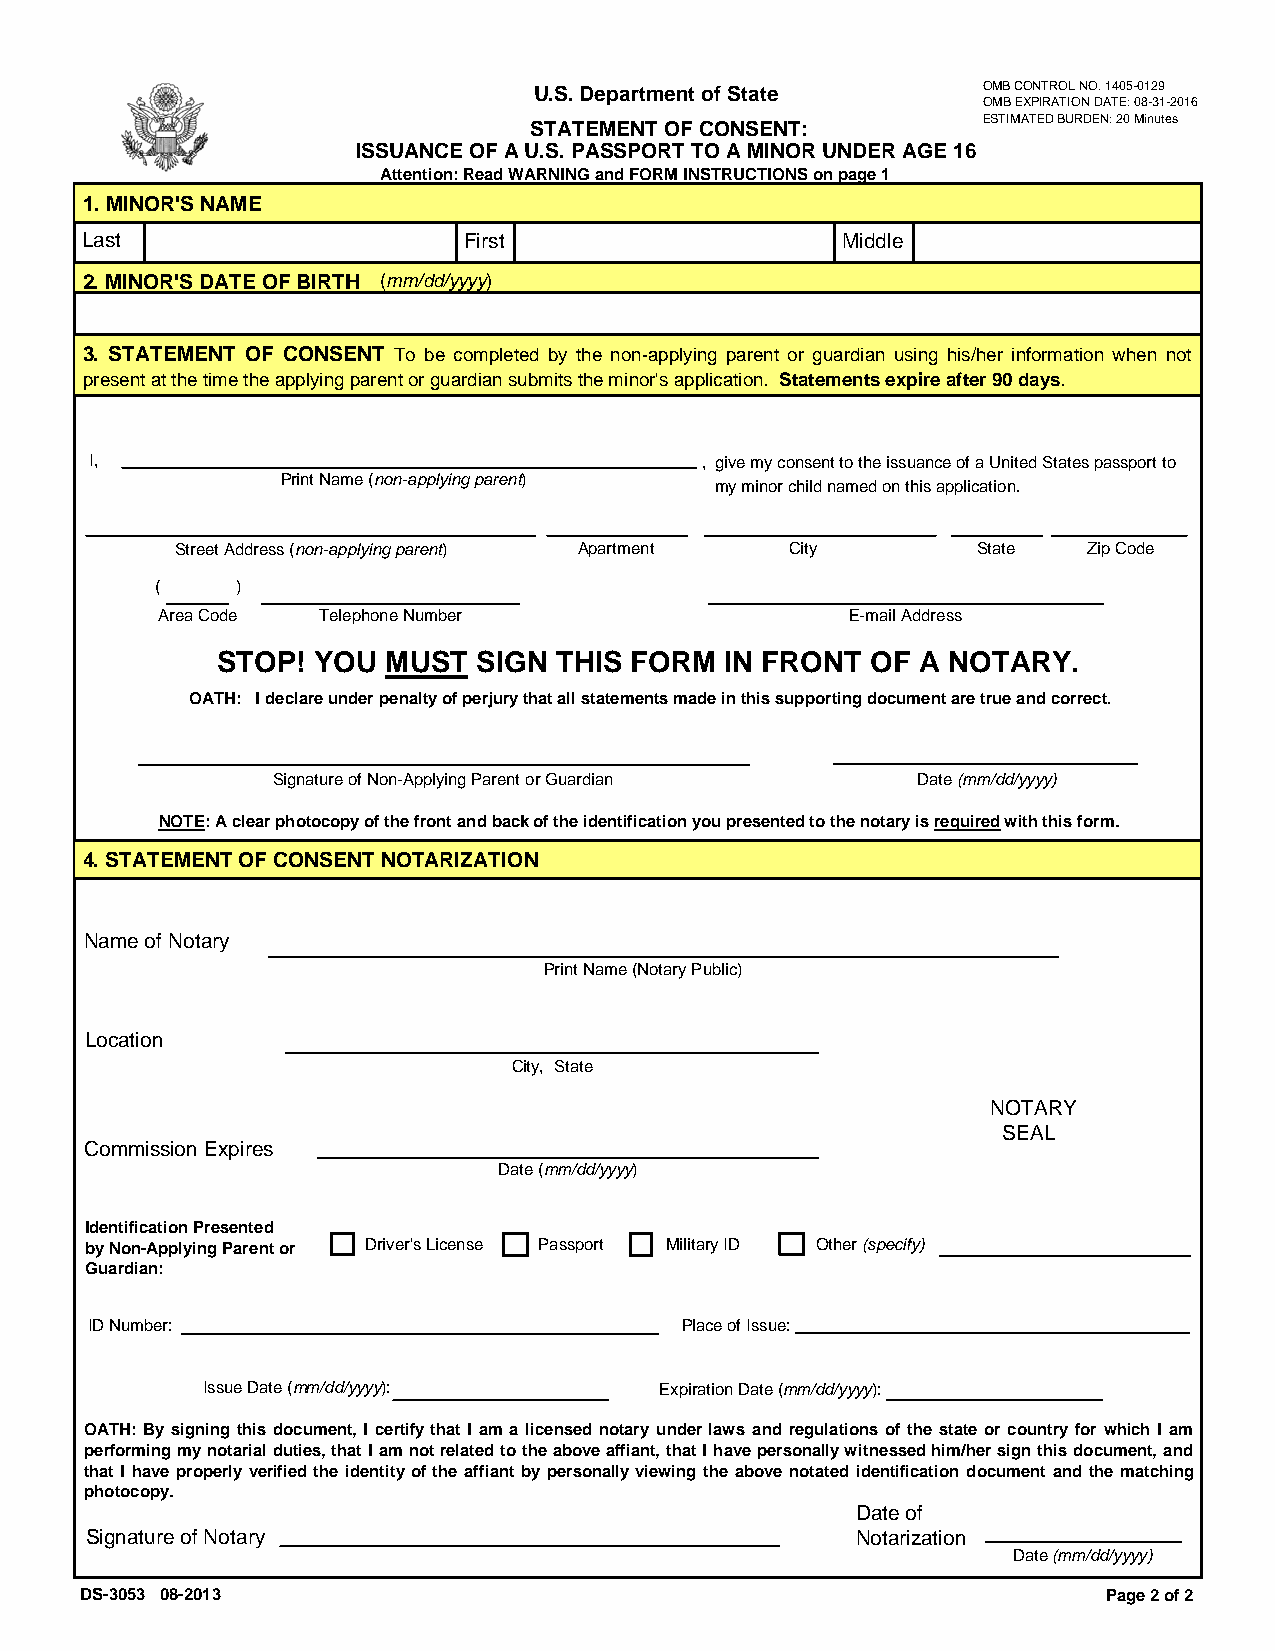
U.S. Department of State      OMB CONTROL NO. 1405-0129
 OMB EXPIRATION DATE: 08-31-2016
 ESTIMATED BURDEN: 20 Minutes
 STATEMENT OF CONSENT:
 ISSUANCE OF A U.S. PASSPORT TO A MINOR UNDER AGE 16
 Attention: Read WARNING and FORM INSTRUCTIONS on page 1
 1. MINOR'S NAME
 Last                      First                    Middle
 2. MINOR'S DATE OF BIRTH ( mm/dd/yyyy)
 3. STATEMENT OF CONSENT To be completed by the non-applying parent or guardian using his/her information when not
 present at the time the applying parent or guardian submits the minor's application. Statements expire after 90 days.
 I,                                      , give my consent to the issuance of a United States passport to
 Print Name (non-applying parent)
 my minor child named on this application.
 Street Address (non-applying parent) Apartment City  State  Zip Code
 (     )
 Area Code  Telephone Number                   E-mail Address
 STOP!  YOU  MUST  SIGN THIS FORM  IN FRONT  OF A NOTARY.
 OATH: I declare under penalty of perjury that all statements made in this supporting document are true and correct.
 Signature of Non-Applying Parent or Guardian Date (mm/dd/yyyy)
 NOTE: A clear photocopy of the front and back of the identification you presented to the notary is required with this form.
 4. STATEMENT OF CONSENT NOTARIZATION
 Name of Notary
 Print Name (Notary Public)
 Location
 City, State
 NOTARY
 SEAL
 Commission Expires
 Date (mm/dd/yyyy)
 Identification Presented
 by Non-Applying Parent or Driver's License Passport Military ID Other (specify)
 Guardian:
 ID Number:                             Place of Issue:
 Issue Date (mm/dd/yyyy):       Expiration Date (mm/dd/yyyy):
 OATH: By signing this document, I certify that I am a licensed notary under laws and regulations of the state or country for which I am
 performing my notarial duties, that I am not related to the above affiant, that I have personally witnessed him/her sign this document, and
 that I have properly verified the identity of the affiant by personally viewing the above notated identification document and the matching
 photocopy.
 Date of
 Signature of Notary                                Notarization
 Date (mm/dd/yyyy)
 DS-3053 08-2013                                                     Page 2 of 2